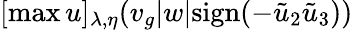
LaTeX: [\operatorname*{max}{u}]_{\lambda,\eta}(v_{g}|w|\mathrm{sign}(-\tilde{u}_{2}\tilde{u}_{3}))